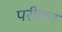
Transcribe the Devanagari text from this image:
परीकर